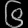
Digit: ၆